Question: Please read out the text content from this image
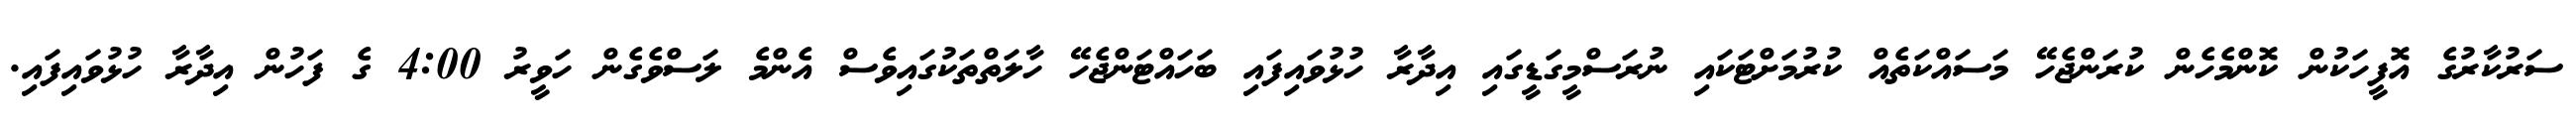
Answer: ސަރުކާރުގެ އޮފީހަކުން ކޮންމެހެން ކުރަންޖެހޭ މަސައްކަތެއް ކުރުމަށްޓަކައި ނުރަސްމީގަޑީގައި އިދާރާ ހުޅުވައިފައި ބަހައްޓަންޖެހޭ ހާލަތްތަކުގައިވެސް އެންމެ ލަސްވެގެން ހަވީރު 4:00 ގެ ފަހުން އިދާރާ ހުޅުވައިފައި.